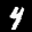
Label: 4